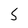
Character: 5